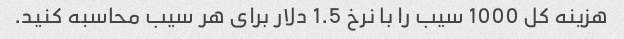
هزینه کل 1000 سیب را با نرخ 1.5 دلار برای هر سیب محاسبه کنید.